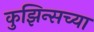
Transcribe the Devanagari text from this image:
कुझिन्सच्या